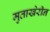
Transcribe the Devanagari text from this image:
मुताखेरीन